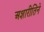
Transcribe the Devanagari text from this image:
अशारीतिने